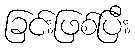
ခြင်းဖြစ်ပြီး